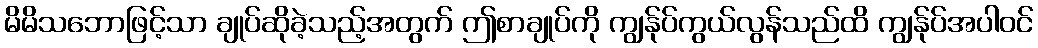
မိမိသဘောဖြင့်သာ ချုပ်ဆိုခဲ့သည့်အတွက် ဤစာချုပ်ကို ကျွန်ုပ်ကွယ်လွန်သည်ထိ ကျွန်ုပ်အပါဝင်